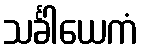
သင်္ခါယေကံ